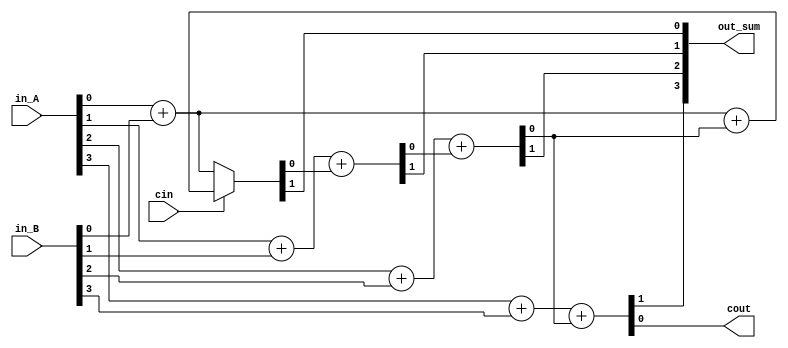
module four_bit_adder(
    input [3:0] in_A,
    input [3:0] in_B,
    input cin,
    output [3:0] out_sum,
    output cout
);

reg [3:0] sum;
reg carry;
reg c_out;

initial begin
    sum = 4'b0;
    carry = 1'b0;
end

always @(*) begin
    c_out = carry;
    
    // First full adder
    if (cin) begin
        {sum[0], carry} = in_A[0] + in_B[0] + carry;
    end else begin
        {sum[0], carry} = in_A[0] + in_B[0];
    end
    
    // Second full adder
    {sum[1], carry} = in_A[1] + in_B[1] + carry;
    
    // Third full adder
    {sum[2], carry} = in_A[2] + in_B[2] + carry;
    
    // Fourth full adder
    {sum[3], cout} = in_A[3] + in_B[3] + carry;
end

assign out_sum = sum;
assign cout = cout;

endmodule